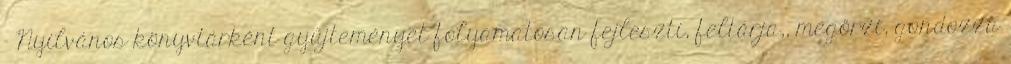
- Nyilvános könyvtárként gyűjteményét folyamatosan fejleszti, feltárja,, megőrzi, gondozza